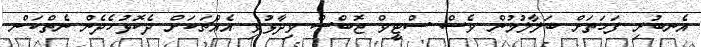
އެނބުރި ފަހަތަށް ބަލާލުމުން ވެސް ސްޓީވް ޖޮބްސް ވިދާޅުވި އެއްޗަކަށް ދެކޮޅުހެދެން ނެތްކަން